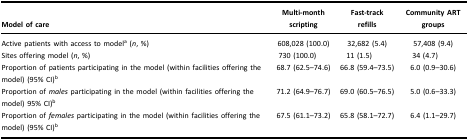
| Model of care | Multi-month scripting | Fast-trackrefills | Community ART groups |
 | --- | --- | --- | --- |
 | Active patients with access to modela (n, %) | 608,028 (100.0) | 32,682 (5.4) | 57,408 (9.4) |
 | Sites offering model (n, %) | 730 (100.0) | 11 (1.5) | 34 (4.7) |
 | Proportion of patients participating in the model (within facilities offering the model) (95% CI)b | 68.7 (62.5–74.6) | 66.8 (59.4–73.5) | 6.0 (0.9–30.6) |
 | Proportion of males participating in the model (within facilities offering the model) 95% CI)b | 71.2 (64.9–76.7) | 69.0 (60.5–76.5) | 5.0 (0.6–33.3) |
 | Proportion of females participating in the model (within facilities offering the model) (95% CI)b | 67.5 (61.1–73.2) | 65.8 (58.1–72.7) | 6.4 (1.1–29.7) |